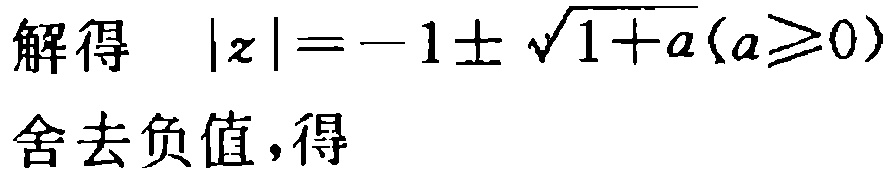
解得 \(|z|=-1\pm\sqrt{1 + a}(a\geq0)\)

舍去负值，得